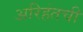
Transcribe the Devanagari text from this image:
अरिहंतची